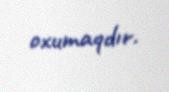
oxumaqdır.